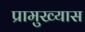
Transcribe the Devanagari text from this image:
प्रामुख्यास